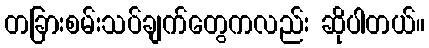
တခြားစမ်းသပ်ချက်တွေကလည်း ဆိုပါတယ်။